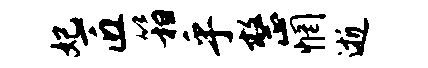
妃匠箱乎整惘逝